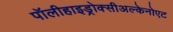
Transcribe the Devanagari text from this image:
पॉलीहाइड्रोक्सीअल्केनोएट